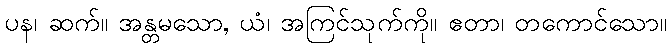
ပန၊ ဆက်။ အန္တမသော, ယံ၊ အကြင်သုက်ကို။ ဧတာ၊ တကောင်သော။